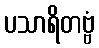
ပသာရိတဗ္ဗံ